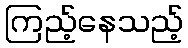
ကြည့်နေသည့်